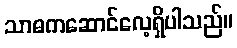
သာဓကဆောင်လေ့ရှိပါသည်။